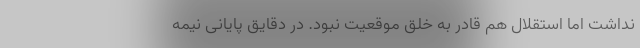
نداشت اما استقلال هم قادر به خلق موقعیت نبود. در دقایق پایانی نیمه